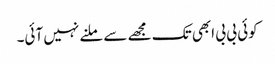
کوئی بی بی ابھی تک مجھے سے ملنے نہیں آئی۔